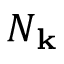
N _ { \mathbf { k } }